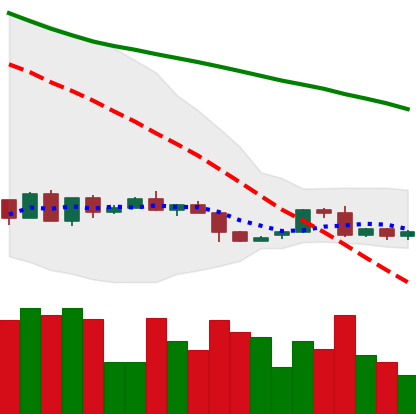
Ticker: LTC-USD
Chart end date: 2022-06-04
Forward return: -5.54%
Label: down_5_7